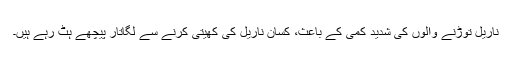
ناریل توڑنے والوں کی شدید کمی کے باعث، کسان ناریل کی کھیتی کرنے سے لگاتار پیچھے ہٹ رہے ہیں۔